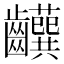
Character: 𬹹